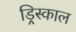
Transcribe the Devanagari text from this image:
ड्रिस्काल